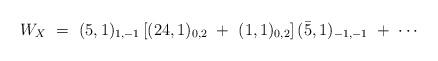
LaTeX: \begin{align*}W_X\ =\ (5,1)_{1,-1}\left[ (24,1)_{0,2}\ +\ (1,1)_{0,2}\right] ({\bar 5},1)_{-1,-1}\ +\ \cdots\end{align*}